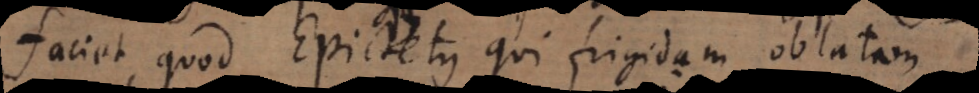
faciet quod Epictetus qui frigidam oblatam